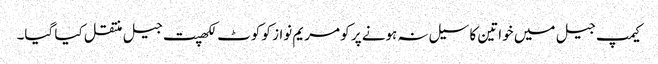
کیمپ جیل میں خواتین کا سیل نہ ہونے پر کو مریم نواز کو کوٹ لکھپت جیل منتقل کیا گیا۔